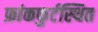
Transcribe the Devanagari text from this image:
फ्रांकफुर्टस्थित